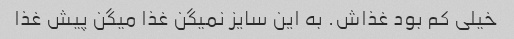
خیلی کم بود غذاش. به این سایز نمیگن غذا میگن پیش غذا